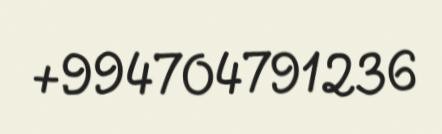
+994704791236